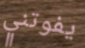
يفوتني